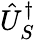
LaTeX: \hat{U}_{S}^{\dagger}